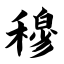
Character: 穆